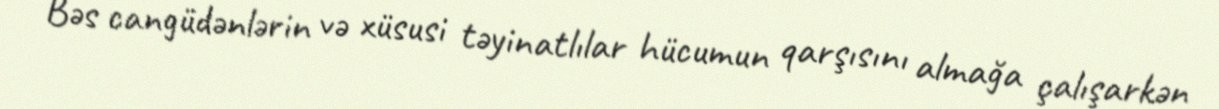
Bəs cangüdənlərin və xüsusi təyinatlılar hücumun qarşısını almağa çalışarkən